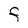
Character: F